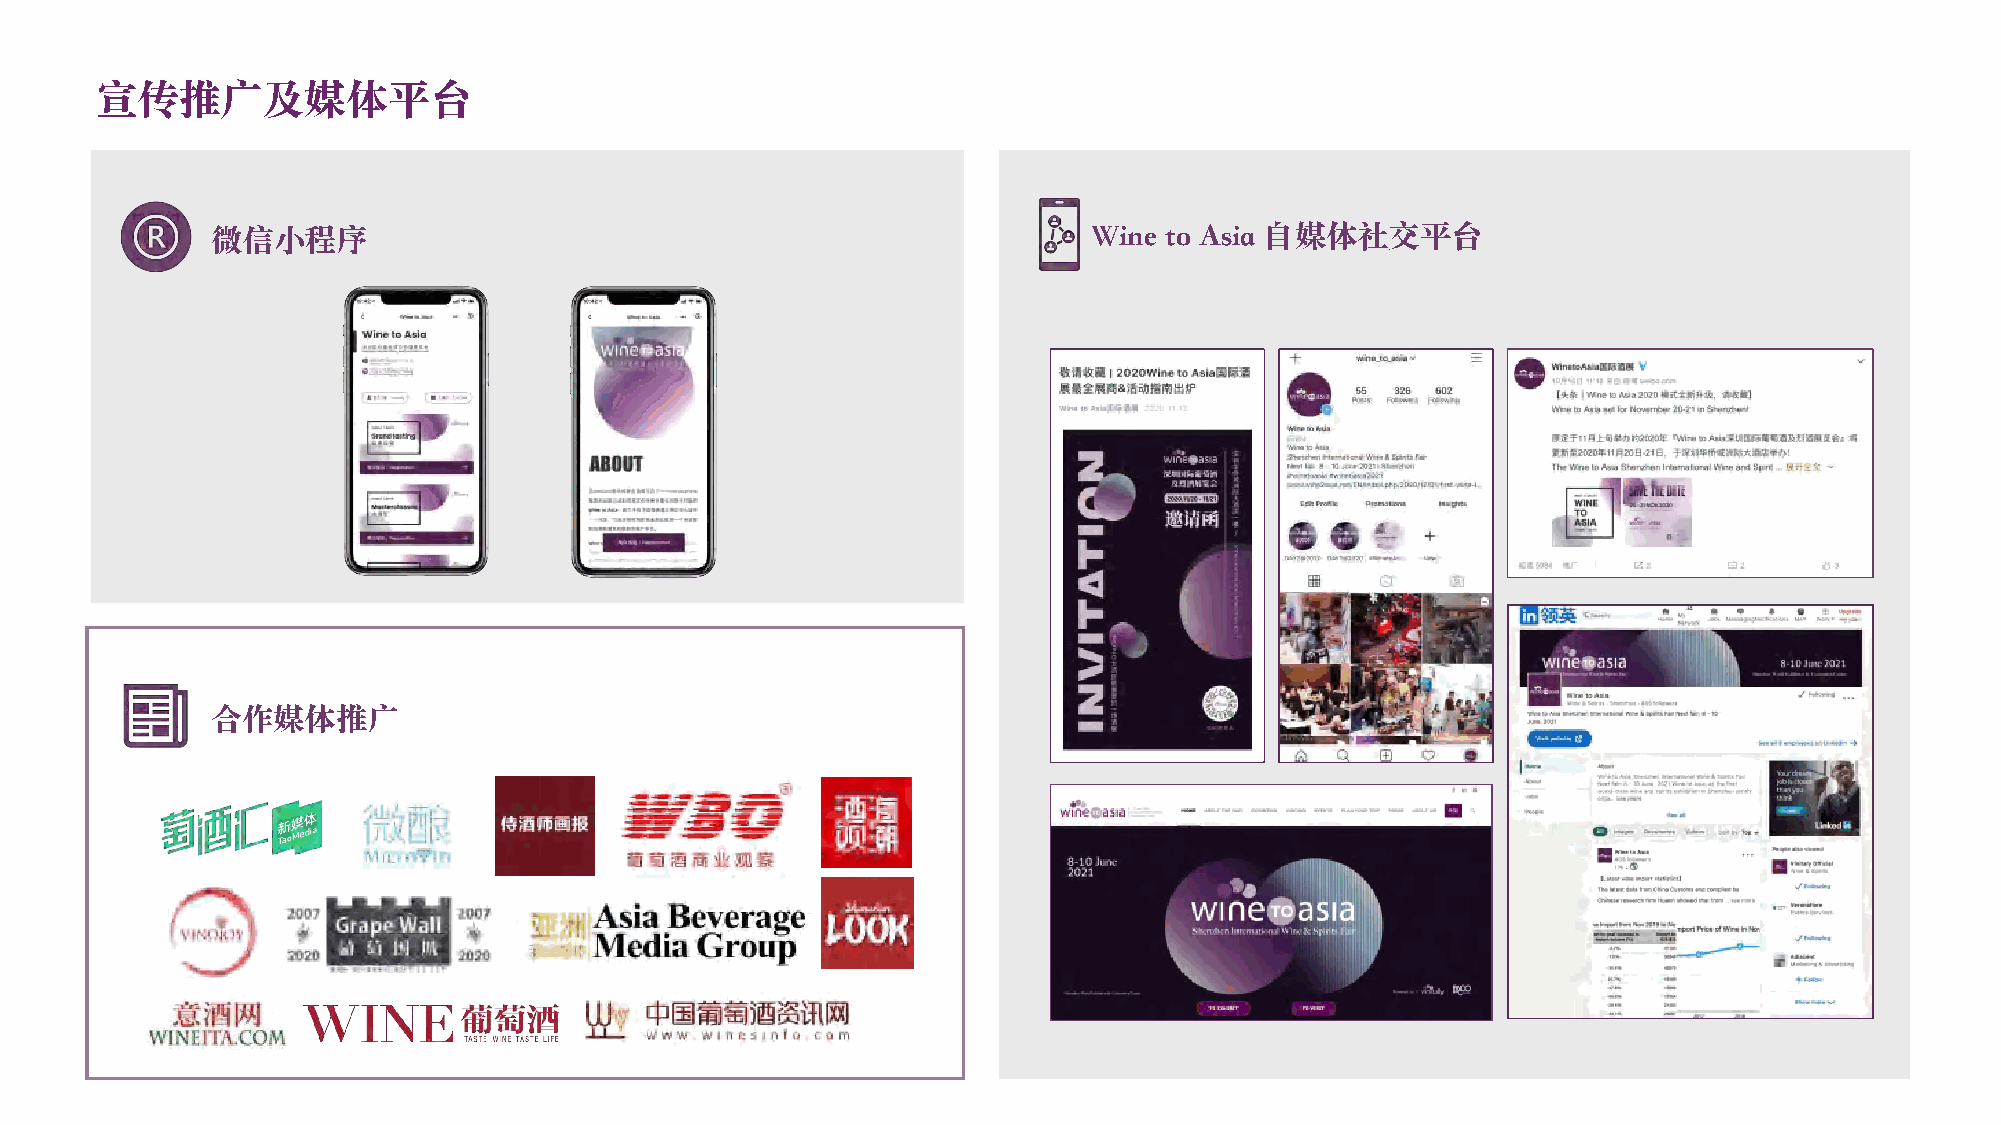
宣传推广及媒体平台
 微信小程序                                                     Wine to Asia 自媒体社交平台
 合作媒体推广